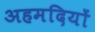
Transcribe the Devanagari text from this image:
अहमदियों